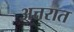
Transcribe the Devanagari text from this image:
अत्तरात